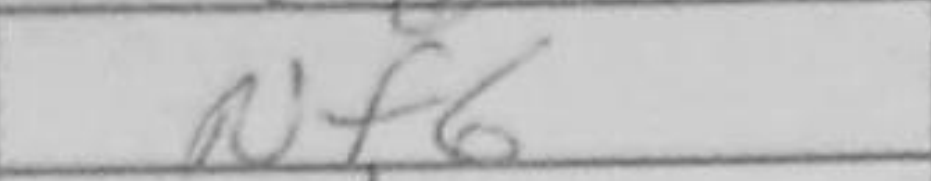
Transcription: Nf6